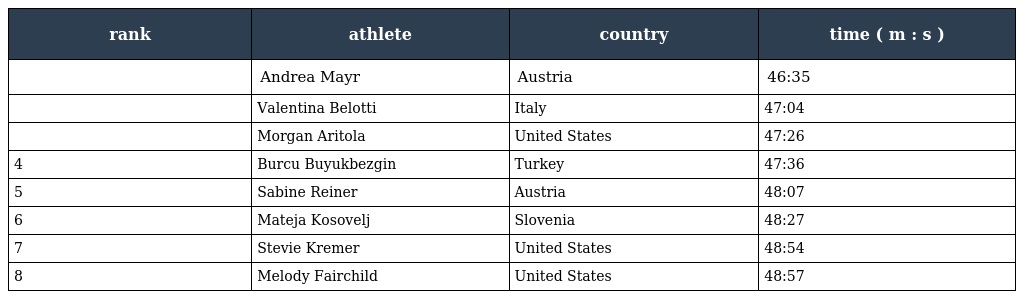
| rank | athlete | country | time ( m : s ) |
 | --- | --- | --- | --- |
 |  | Andrea Mayr | Austria | 46:35 |
 |  | Valentina Belotti | Italy | 47:04 |
 |  | Morgan Aritola | United States | 47:26 |
 | 4 | Burcu Buyukbezgin | Turkey | 47:36 |
 | 5 | Sabine Reiner | Austria | 48:07 |
 | 6 | Mateja Kosovelj | Slovenia | 48:27 |
 | 7 | Stevie Kremer | United States | 48:54 |
 | 8 | Melody Fairchild | United States | 48:57 |